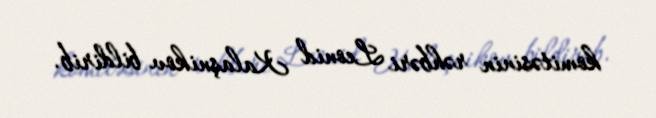
komitəsinin rəhbəri Leonid Kalaşnikov bildirib.